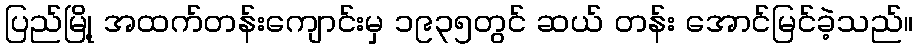
ပြည်မြို့ အထက်တန်းကျောင်းမှ ၁၉၃၅တွင် ဆယ် တန်း အောင်မြင်ခဲ့သည်။